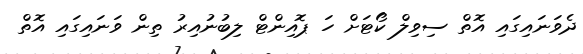
ދެވަނައިގައި އޮތް ސިވިލް ކޯޓަށް ހަ ޕޮއިންޓް ލިބުނުއިރު ތިން ވަނައިގައި އޮތް